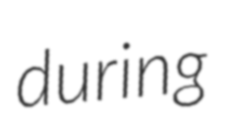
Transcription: during